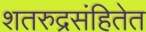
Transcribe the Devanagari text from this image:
शतरुद्रसंहितेत